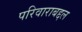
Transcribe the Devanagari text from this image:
परिवाराबद्दल